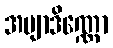
အဗျာဒိဏ္ဏော